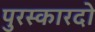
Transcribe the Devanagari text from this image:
पुरस्कारदो